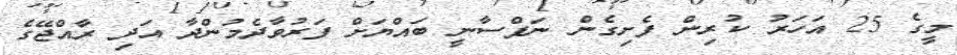
މީގެ 25 އަހަރު ކުރިން ފެށިގެން ނަފްސާނީ ބައްޔަށް ފަރުވާދެމުންދާ އަދި ރާއްޖޭގެ